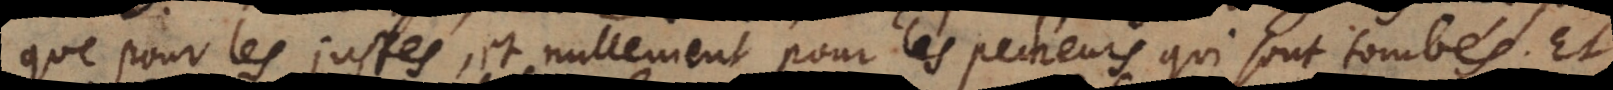
que pour les justes, et nullement pour les pecheurs qui sont tombés. Et